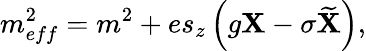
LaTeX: m_{eff}^{2}=m^{2}+es_{z}\left(g\mathbf{X}-\sigma\widetilde{{\mathbf{X}}}\right),